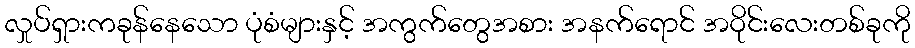
လှုပ်ရှားကခုန်နေသော ပုံစံများနှင့် အကွက်တွေအစား အနက်ရောင် အဝိုင်းလေးတစ်ခုကို